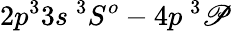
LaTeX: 2p^{3}3s~^{3}S^{o}-4p~^{3}\mathscr{P}